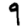
Digit: 9